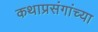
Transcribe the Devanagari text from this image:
कथाप्रसंगांच्या